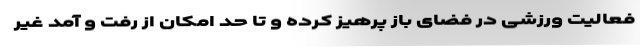
فعالیت ورزشی در فضای باز پرهیز کرده و تا حد امکان از رفت و آمد غیر